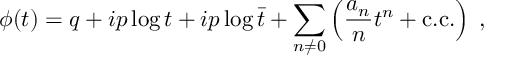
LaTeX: \phi ( t ) = q + i p \log { t } + i p \log { \bar { t } } + \sum _ { n \neq 0 } \left( \frac { a _ { n } } { n } t ^ { n } + \mathrm { c . c . } \right) \; ,